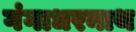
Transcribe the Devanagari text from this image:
गंगाधरनाथ